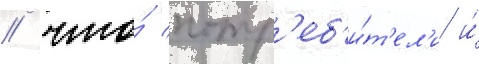
/ что́ потр'еб'и́т'ел'и и́